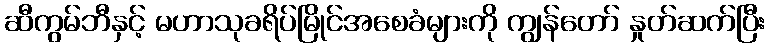
ဆီကွမ်ဘီနှင့် မဟာသုခရိပ်မြိုင်အစေခံများကို ကျွန်တော် နှုတ်ဆက်ပြီး